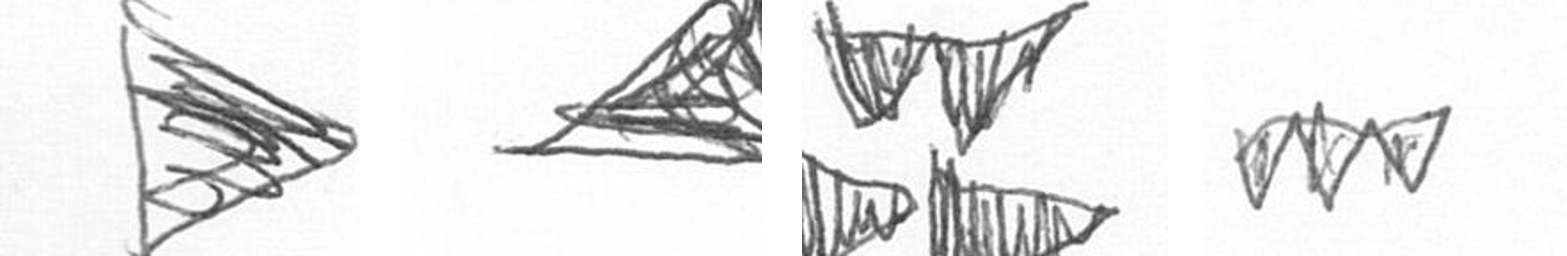
T O B L